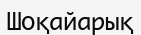
Шоқайарық